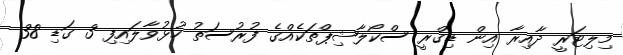
މިލިޓަރީ ދާއިރާ އިން ޑިގްރީ ސްކޯލާޝިޕްތަކެއްގެ ފުރުސަތު ހުޅުވާލައިފި 3 ގަޑި 38